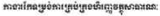
ការងារកែទម្រង់ការគ្រប់គ្រងហិរញ្ញវត្ថុសាធារណៈ